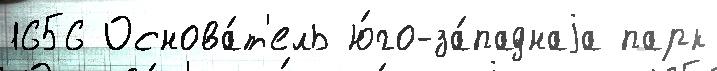
1656 Основа́т'ель ю́го-за́паднаjа парк